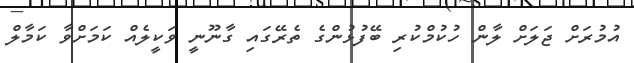
އުމުރަށް ޖަލަށް ލާން ހުކުމްކުރި ބޭފުޅުންގެ ތެރޭގައި ގާނޫނީ ވަކީލެއް ކަމަށްވާ ކަމާލް